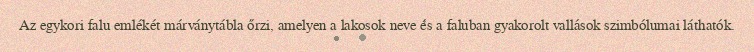
Az egykori falu emlékét márványtábla őrzi, amelyen a lakosok neve és a faluban gyakorolt vallások szimbólumai láthatók.